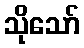
သိုသော်